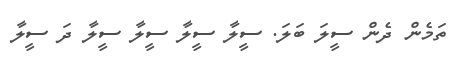
ތަމެން ދެން ސީލަ ބަލަ. ސީލާ ސީލާ ސީލާ ސީލާ ދަ ސީލާ